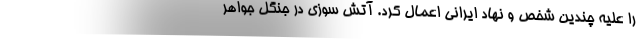
را علیه چندین شخص و نهاد ایرانی اعمال کرد. آتش سوزی در جنگل جواهر